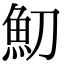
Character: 魛